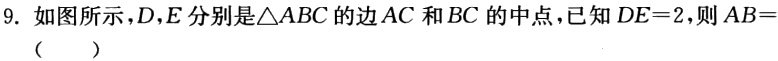
9. 如图所示，$D,E$分别是$\triangle ABC$的边$AC$和$BC$的中点，已知$DE = 2$，则$AB=$（  ）